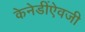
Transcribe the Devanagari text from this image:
केनेडींऐवजी